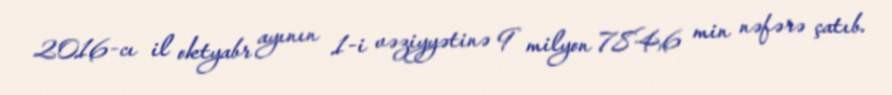
2016-cı il oktyabr ayının 1-i vəziyyətinə 9 milyon 784,6 min nəfərə çatıb.